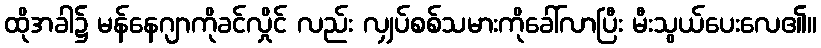
ထိုအခါ၌ မန်နေဂျာကိုခင်လှိုင် လည်း လျှပ်စစ်သမားကိုခေါ်လာပြီး မီးသွယ်ပေးလေ၏။